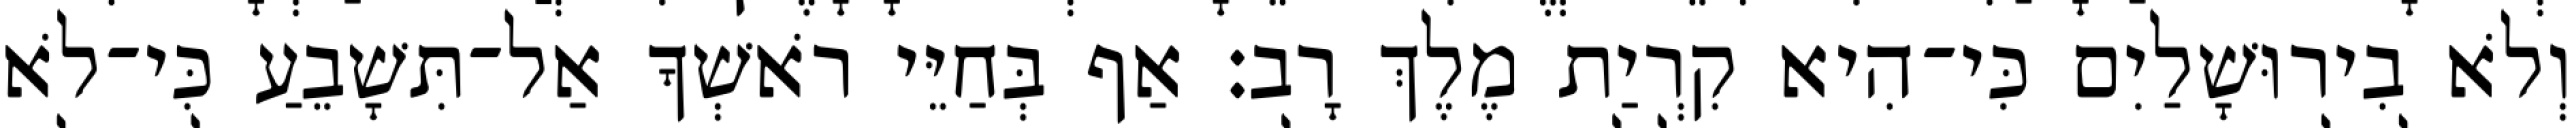
וְלֹא בִירוּשָׁלַיִם כִּי־הִיא קִרְיַת מֶלֶךְ רָב׃ אַף בְּחַיֵּי רֹאשְׁךָ אַל־תִּשָׁבֵעַ כִּי־לֹא